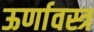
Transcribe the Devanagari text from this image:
ऊर्णावस्त्र